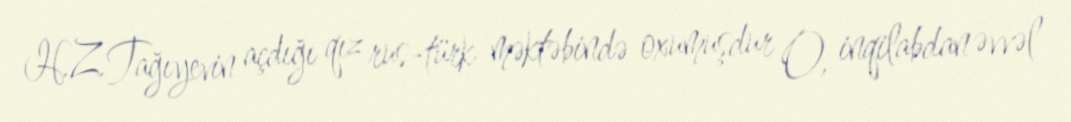
H.Z.Tağıyevin açdığı qız rus-türk məktəbində oxumuşdur O, inqilabdan əvvəl